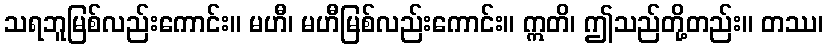
သရဘူမြစ်လည်းကောင်း။ မဟီ၊ မဟီမြစ်လည်းကောင်း။ ဣတိ၊ ဤသည်တို့တည်း။ တဿ၊